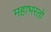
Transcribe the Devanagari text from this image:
महाभरतो